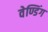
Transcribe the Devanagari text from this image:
वेण्डिंग